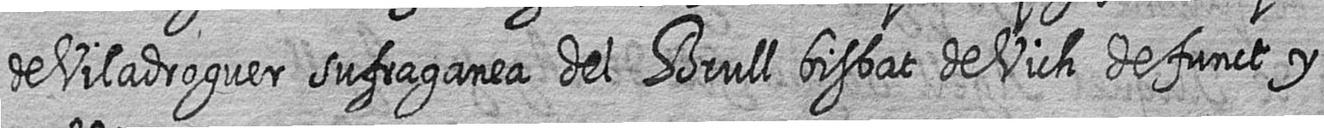
de Viladroguer sufraganea del Brull bisbat de Vich defunct y